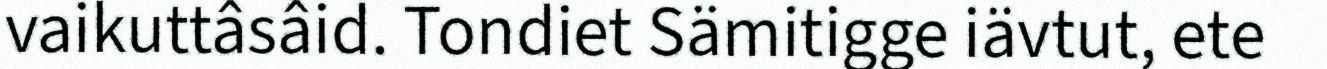
vaikuttâsâid. Tondiet Sämitigge iävtut, ete